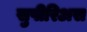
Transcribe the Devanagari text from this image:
सुपीरिअस